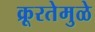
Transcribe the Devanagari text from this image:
क्रूरतेमुळे